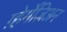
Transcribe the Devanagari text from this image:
ग़्हेर्मेज़िअन